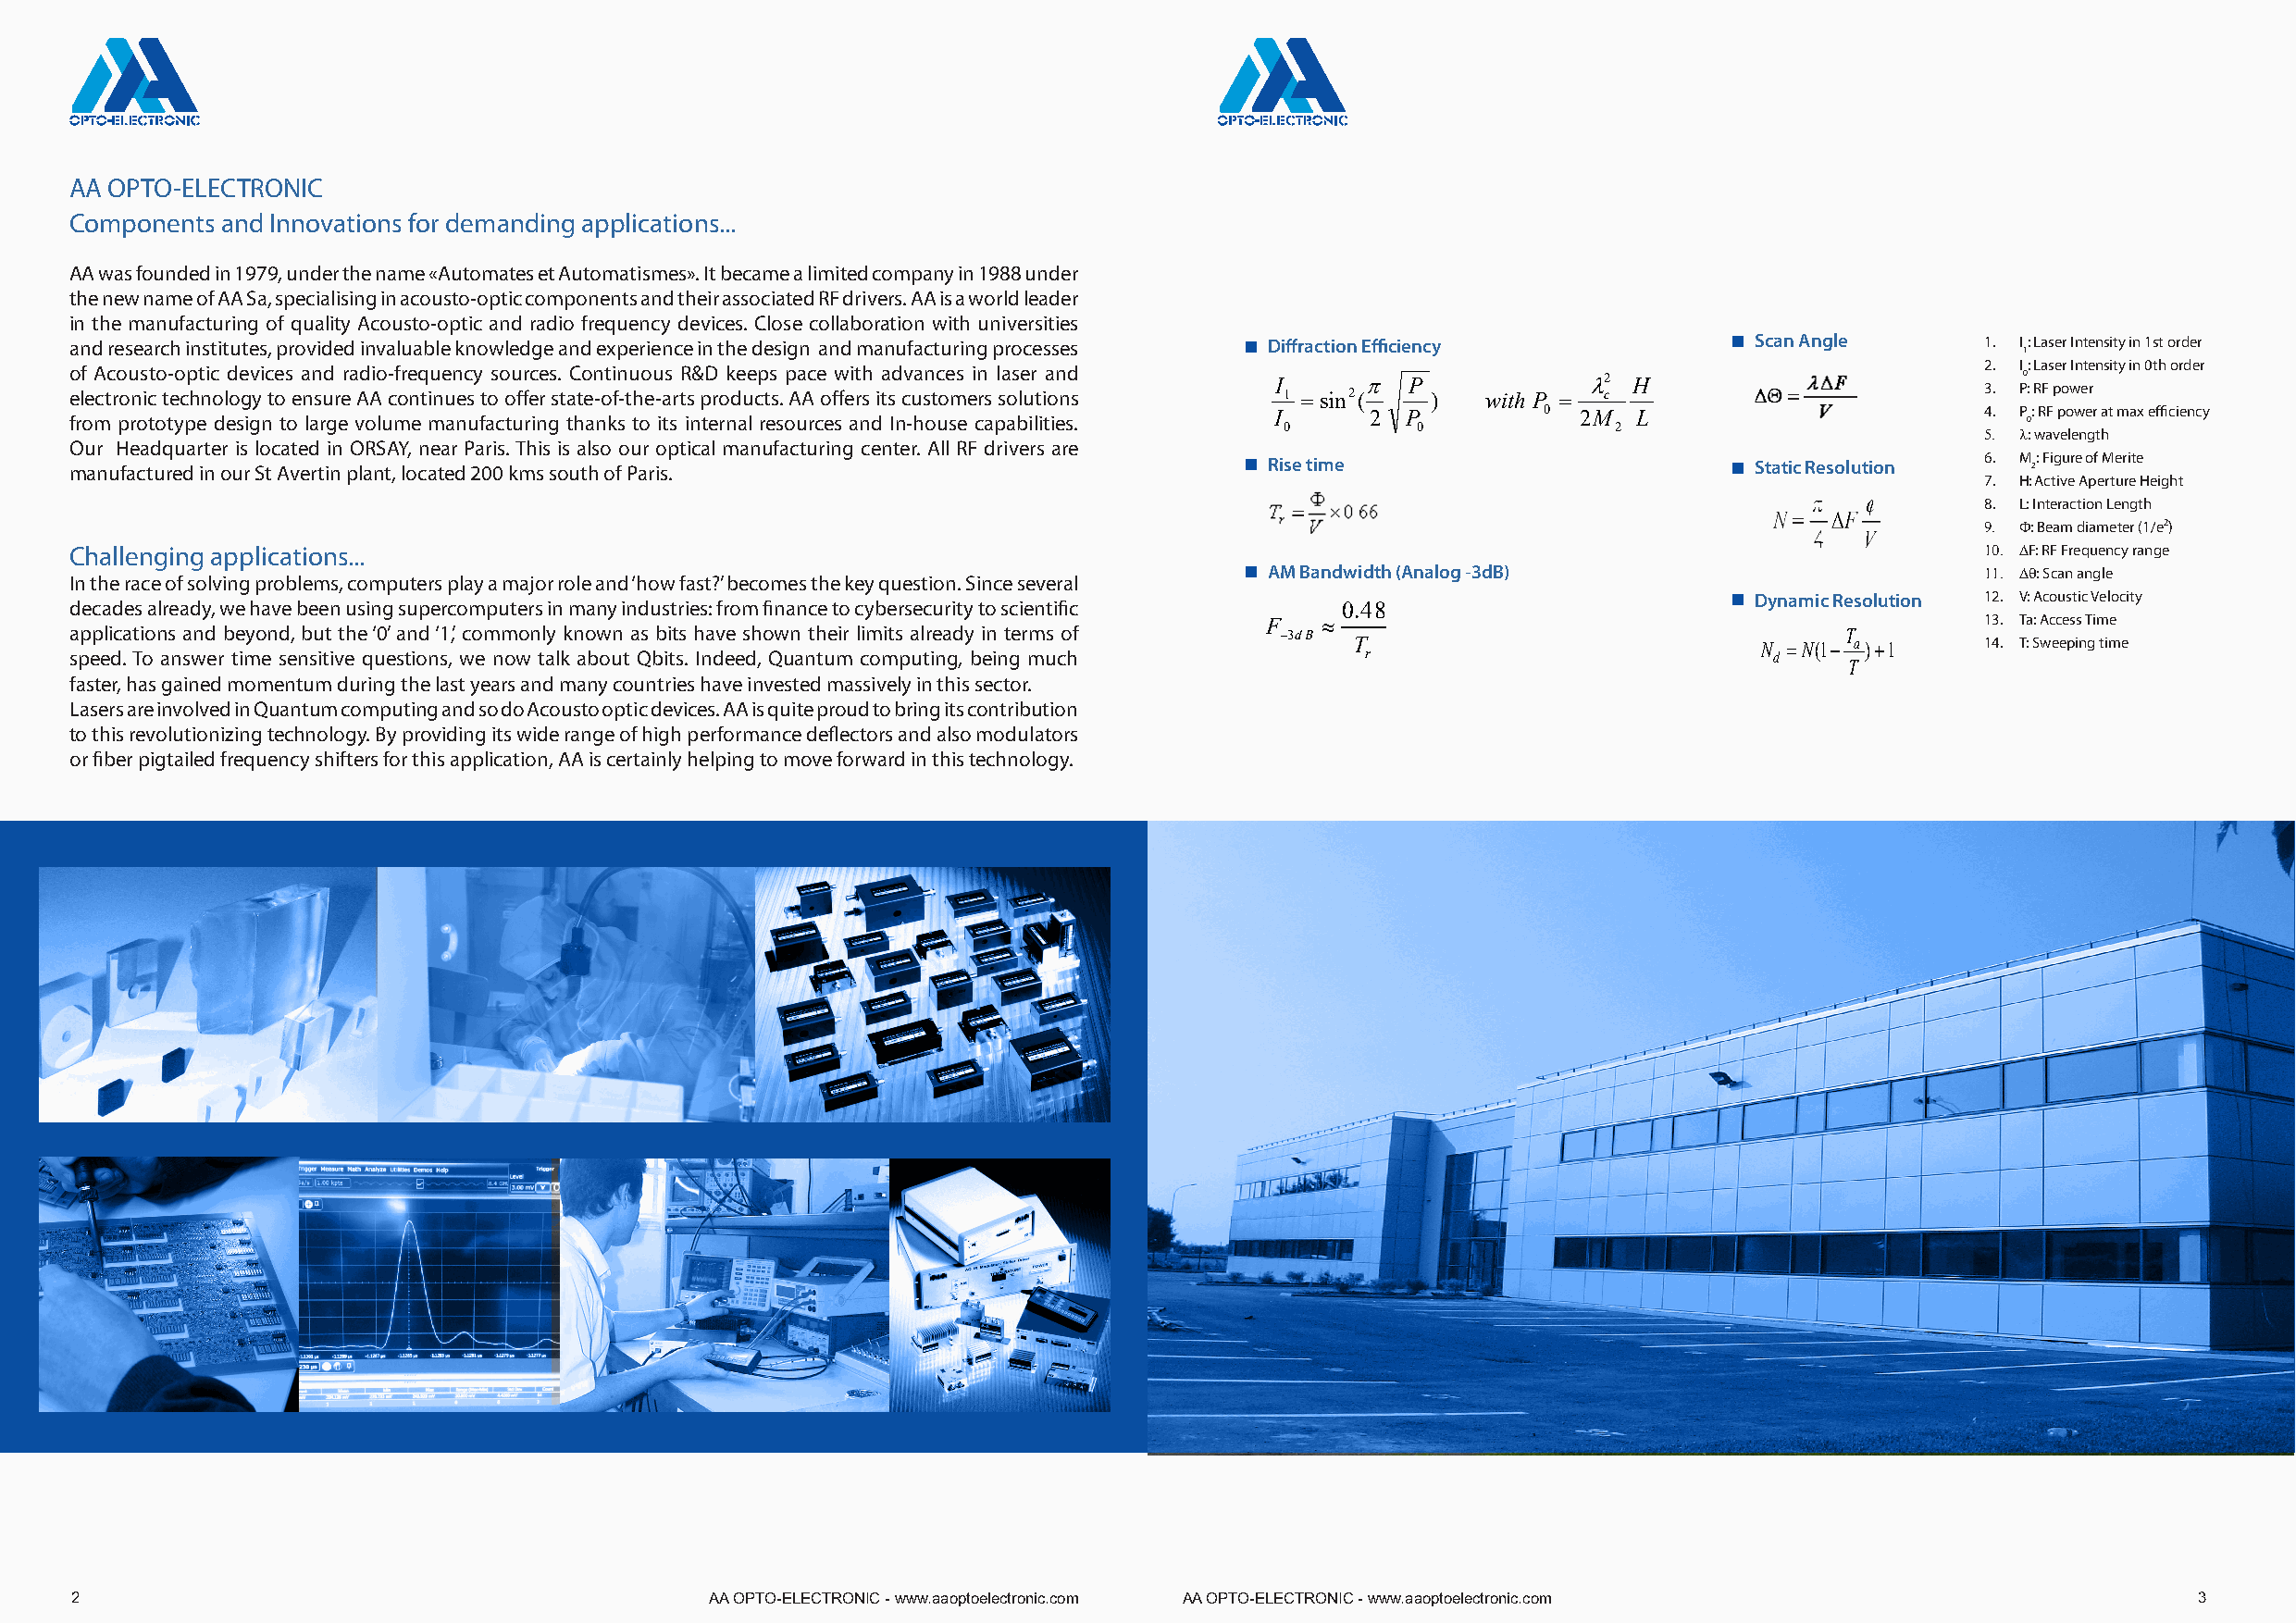
AA OPTO-ELECTRONIC
 Components and Innovations for demanding applications...
 AA was founded in 1979, under the name «Automates et Automatismes». It became a limited company in 1988 under
 the new name of AA Sa, specialising in acousto-optic components and their associated RF drivers. AA is a world leader
 in the manufacturing of quality Acousto-optic and radio frequency devices. Close collaboration with universities
 and research institutes, provided invaluable knowledge and experience in the design and manufacturing processes Diffraction Efficiency Scan Angle 1. I: Laser Intensity in 1st order
 1
 o elf e A ctc ro ou ns icto t- eo cp ht nic o ld oe gv yi c te os e a nn sd ur era Ad Aio - cf ore nq tiu ne un ec sy t os o ou ffr ec re s s. t aC to en -oti fn -tu ho eu -as rR ts& pD r ok de ue cp ts s . p Aa Ac e o ffw ei rt sh ita sd cv ua sn tc oe ms ein rs l sa os le ur t ia on nd s I 1 =sin2(π P ) with P = l2 c H = 2 3. . I P0 :: RLa Fs pe or wIn ete rnsity in 0th order
 from prototype design to large volume manufacturing thanks to its internal resources and In-house capabilities. I 2 P 0 2M L             4. P 0: RF power at max efficiency
 0        0             2
 5. l: wavelength
 Our Headquarter is located in ORSAY, near Paris. This is also our optical manufacturing center. All RF drivers are
 manufactured in our St Avertin plant, located 200 kms south of Paris.                 Rise time                          Static Resolution 6. M 2: Figure of Merite
 7. H: Active Aperture Height
 π   φ
 8. L: Interaction Length
 =                                  N== DF
 9. F: Beam diameter (1/e²)
 4  V
 Challenging applications...                                                                                                              10. DF: RF Frequency range
 AM Bandwidth (Analog -3dB)                         11. Dq: Scan angle
 In the race of solving problems, computers play a major role and ‘how fast?’ becomes the key question. Since several
 Dynamic Resolution 12. V: Acoustic Velocity
 decades already, we have been using supercomputers in many industries: from finance to cybersecurity to scientific 0.48
 F   ≈                                              13. Ta: Access Time
 applications and beyond, but the ‘0’ and ‘1’, commonly known as bits have shown their limits already in terms of −3dB
 T                            N
 =N(1−T
 a)+1     14. T: Sweeping time
 speed. To answer time sensitive questions, we now talk about Qbits. Indeed, Quantum computing, being much r               d
 T
 faster, has gained momentum during the last years and many countries have invested massively in this sector.
 Lasers are involved in Quantum computing and so do Acousto optic devices. AA is quite proud to bring its contribution
 to this revolutionizing technology. By providing its wide range of high performance deflectors and also modulators
 or fiber pigtailed frequency shifters for this application, AA is certainly helping to move forward in this technology.
 2                                             AA OPTO-ELECTRONIC - www.aaoptoelectronic.com AA OPTO-ELECTRONIC - www.aaoptoelectronic.com               3